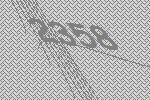
2358